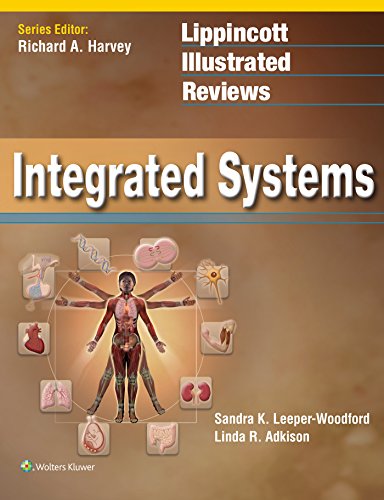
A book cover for Lippincott Illustrated Reviews: Integrated Systems (Lippincott Illustrated Reviews Series); Sandra K. Leeper-Woodford; Medical Books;